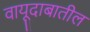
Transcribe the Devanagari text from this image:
वायूदाबातील